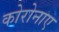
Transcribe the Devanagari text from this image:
कोरोनाए